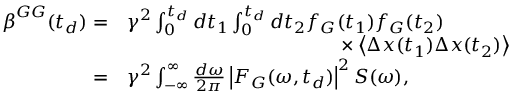
\begin{array} { r l } { \boldsymbol { \beta } ^ { G G } ( t _ { d } ) = } & { \gamma ^ { 2 } \int _ { 0 } ^ { t _ { d } } d t _ { 1 } \int _ { 0 } ^ { t _ { d } } d t _ { 2 } f _ { G } ( t _ { 1 } ) f _ { G } ( t _ { 2 } ) } \\ & { \hphantom { \gamma ^ { 2 } \int _ { 0 } ^ { t _ { d } } d t _ { 1 } \int _ { 0 } ^ { t _ { d } } d t _ { 2 } f _ { G } } \times \left\langle \Delta \boldsymbol { x } ( t _ { 1 } ) \Delta \boldsymbol { x } ( t _ { 2 } ) \right\rangle } \\ { = } & { \gamma ^ { 2 } \int _ { \mathbb { - \infty } } ^ { \infty } \frac { d \omega } { 2 \pi } \left| F _ { G } ( \omega , t _ { d } ) \right| ^ { 2 } \boldsymbol { S } ( \omega ) , } \end{array}